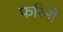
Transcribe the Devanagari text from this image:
फरिनो